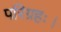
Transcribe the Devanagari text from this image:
परिग्रहः।